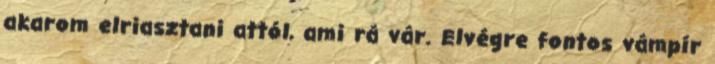
akarom elriasztani attól, ami rá vár. Elvégre fontos vámpír